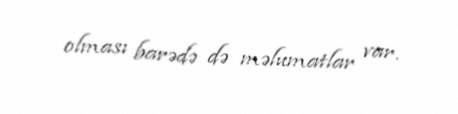
olması barədə də məlumatlar var.